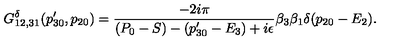
G _ { 1 2 , 3 1 } ^ { \delta } ( p _ { 3 0 } ^ { \prime } , p _ { 2 0 } ) = { \frac { - 2 i \pi } { ( P _ { 0 } - S ) - ( p _ { 3 0 } ^ { \prime } - E _ { 3 } ) + i \epsilon } } \beta _ { 3 } \beta _ { 1 } \delta ( p _ { 2 0 } - E _ { 2 } ) .